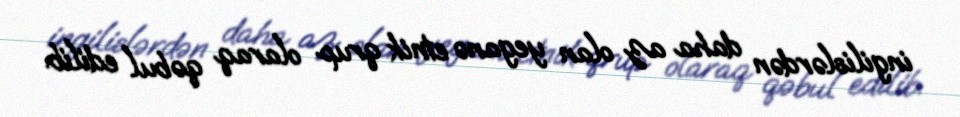
ingilislərdən daha az olan yeganə etnik qrup olaraq qəbul edilib.